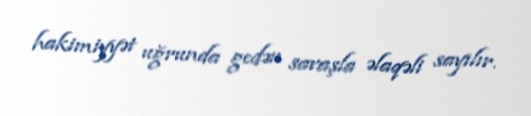
hakimiyyət uğrunda gedən savaşla əlaqəli sayılır.